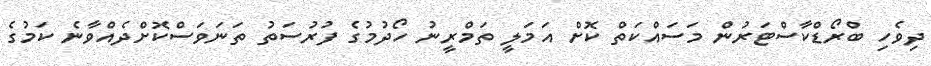
ދިވެހި ބްރޯޑްކާސްޓަރުން މަސައްކަތް ކޮށް އަމަލީ ތަމްރީނު ހޯދުމުގެ ފުރުސަތު ތަނަވަސްކޮށްދެއްވާނެ ކަމުގެ